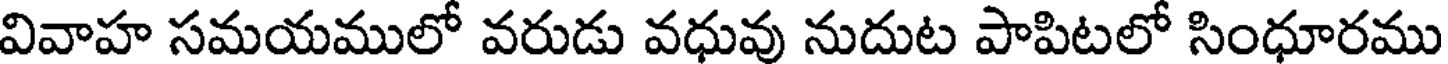
వివాహ సమయములో వరుడు వధువు నుదుట పాపిటలో సింధూరము